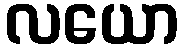
လယော